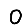
Digit: 0